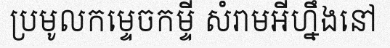
ប្រមូលកម្ទេចកម្ទី សំរាមអីហ្នឹងនៅ